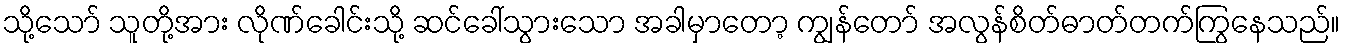
သို့သော် သူတို့အား လိုဏ်ခေါင်းသို့ ဆင်ခေါ်သွားသော အခါမှာတော့ ကျွန်တော် အလွန်စိတ်ဓာတ်တက်ကြွနေသည်။